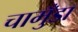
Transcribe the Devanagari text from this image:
चामुँडा